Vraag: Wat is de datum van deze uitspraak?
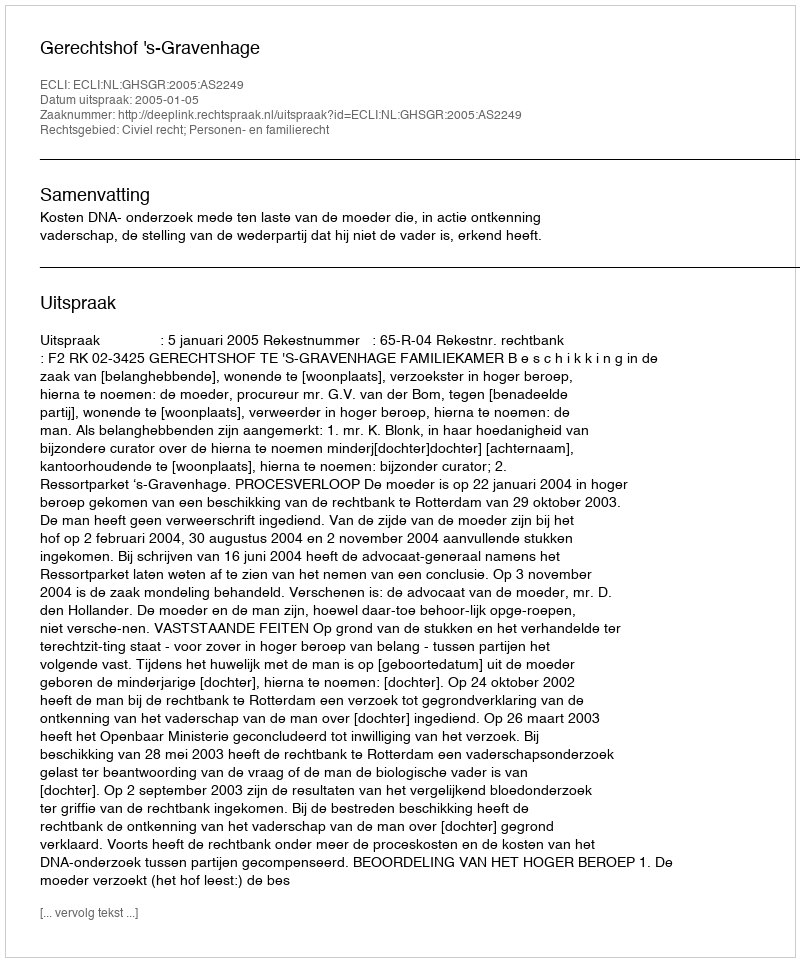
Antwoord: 2005-01-05